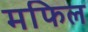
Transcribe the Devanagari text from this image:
मफिल